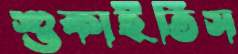
শুকাইতিস